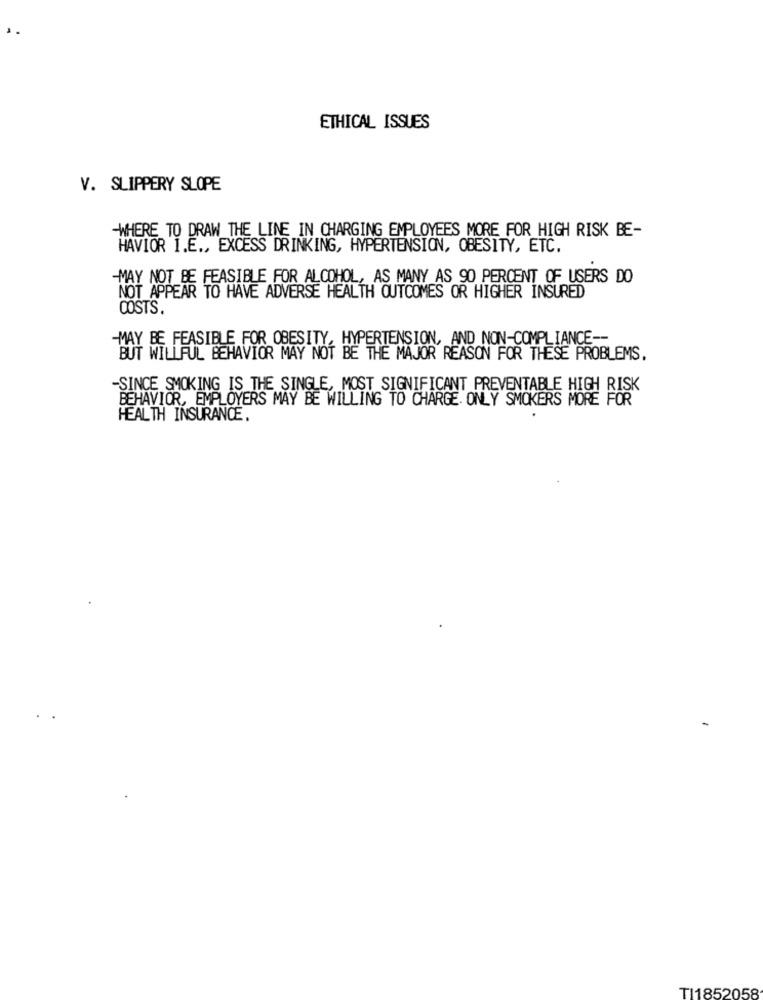
ETHICAL ISSUES
V. SLIPPERY SLOPE
WHERE TO DRAW THE LINE IN CHARGING EMPLOYEES MORE FOR HIGH RISK BE-
HAVIOR I.E ., EXCESS DRINKING, HYPERTENSION, OBESITY, ETC.
-MAY NOT BE FEASIBLE FOR ALCOHOL, AS MANY AS 90 PERCENT OF USERS DO
NOT APPEAR TO HAVE ADVERSE HEALTH OUTCOMES OR HIGHER INSURED
COSTS.
-MAY BE FEASIBLE FOR OBESITY, HYPERTENSION, AND NON-COMPLIANCE --
BUT WILLFUL BEHAVIOR MAY NOT BE THE MAJOR REASON FOR THESE PROBLEMS.
-SINCE SMOKING IS THE SINGLE, MOST SIGNIFICANT PREVENTABLE HIGH RISK
BEHAVIOR, EMPLOYERS MAY BE WILLING TO CHARGE ONLY SMOKERS MORE
HEALTH INSURANCE.
TI1852058